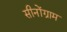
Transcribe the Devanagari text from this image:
सीनोंग्राम